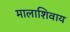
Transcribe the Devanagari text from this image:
मालाशिवाय